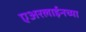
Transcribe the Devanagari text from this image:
एअरलाईनच्या